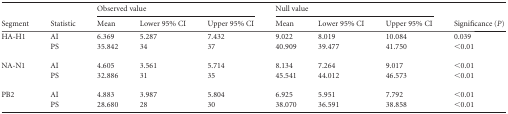
<table><thead><tr><td rowspan="2"><b>Segment</b></td><td rowspan="2"><b>Statistic</b></td><td colspan="3"><b>Observed value</b></td><td colspan="3"><b>Null value</b></td><td rowspan="2"><b>Significance (<i>P</i>)</b></td></tr><tr><td><b>Mean</b></td><td><b>Lower 95% CI</b></td><td><b>Upper 95% CI</b></td><td><b>Mean</b></td><td><b>Lower 95% CI</b></td><td><b>Upper 95% CI</b></td></tr></thead><tbody><tr><td rowspan="2">HA-H1</td><td>AI</td><td>6.369</td><td>5.287</td><td>7.432</td><td>9.022</td><td>8.019</td><td>10.084</td><td>0.039</td></tr><tr><td>PS</td><td>35.842</td><td>34</td><td>37</td><td>40.909</td><td>39.477</td><td>41.750</td><td>&lt;0.01</td></tr><tr><td rowspan="2">NA-N1</td><td>AI</td><td>4.605</td><td>3.561</td><td>5.714</td><td>8.134</td><td>7.264</td><td>9.017</td><td>&lt;0.01</td></tr><tr><td>PS</td><td>32.886</td><td>31</td><td>35</td><td>45.541</td><td>44.012</td><td>46.573</td><td>&lt;0.01</td></tr><tr><td rowspan="2">PB2</td><td>AI</td><td>4.883</td><td>3.987</td><td>5.804</td><td>6.925</td><td>5.951</td><td>7.792</td><td>&lt;0.01</td></tr><tr><td>PS</td><td>28.680</td><td>28</td><td>30</td><td>38.070</td><td>36.591</td><td>38.858</td><td>&lt;0.01</td></tr></tbody></table>